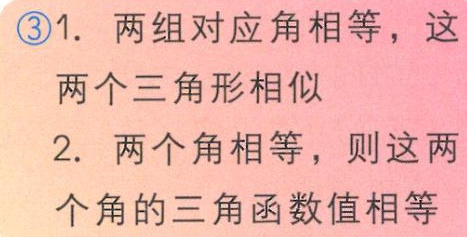
\begin{enumerate}

\item 两组对应角相等，这两个三角形相似

\item 两个角相等，则这两个角的三角函数值相等

\end{enumerate}